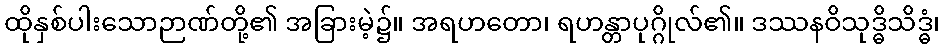
ထိုနှစ်ပါးသောဉာဏ်တို့၏ အခြားမဲ့၌။ အရဟတော၊ ရဟန္တာပုဂ္ဂိုလ်၏။ ဒဿနဝိသုဒ္ဓိသိဒ္ဓံ၊